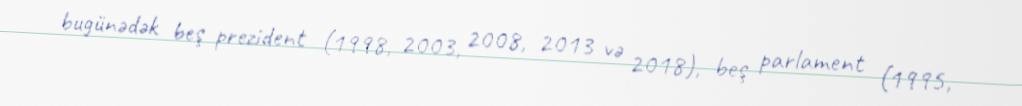
bugünədək beş prezident (1998, 2003, 2008, 2013 və 2018), beş parlament (1995,